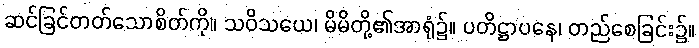
ဆင်ခြင်တတ်သောစိတ်ကို။ သဝိသယေ၊ မိမိတို့၏အာရုံ၌။ ပတိဋ္ဌာပနေ၊ တည်စေခြင်း၌။